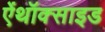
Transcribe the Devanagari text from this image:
ऐंथॉक्साइड